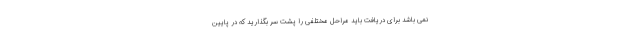
نمی باشد برای دریافت باید مراحل مختلفی را پشت سر بگذارید که در پایین